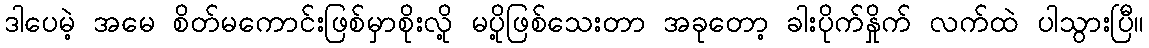
ဒါပေမဲ့ အမေ စိတ်မကောင်းဖြစ်မှာစိုးလို့ မပို့ဖြစ်သေးတာ အခုတော့ ခါးပိုက်နှိုက် လက်ထဲ ပါသွားပြီ။